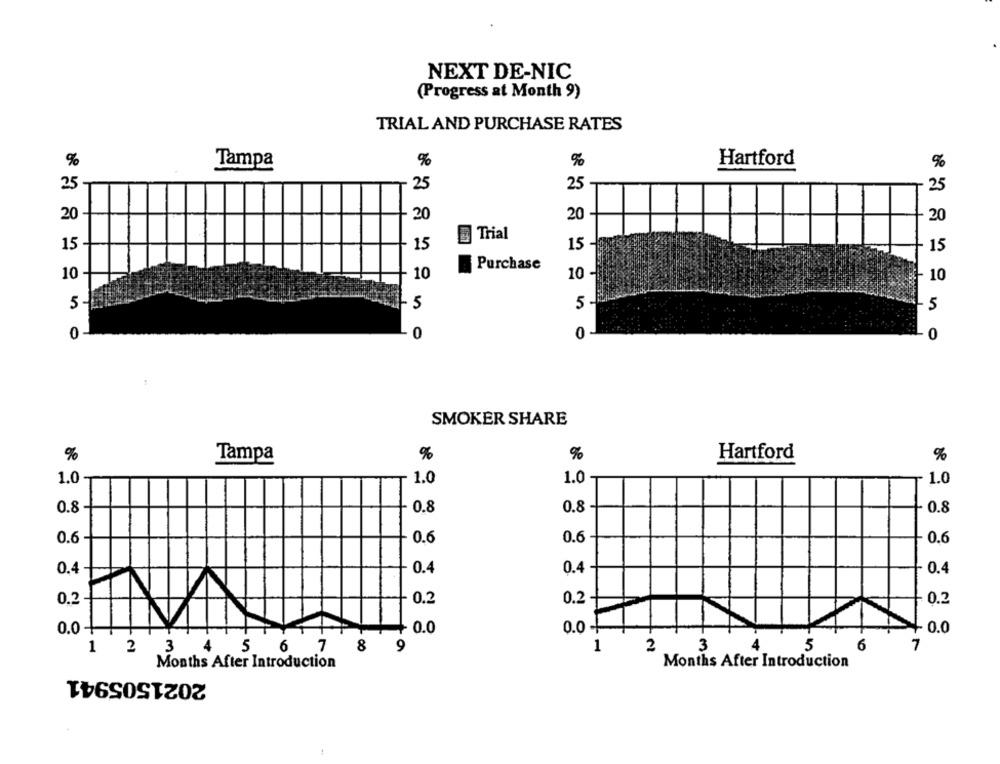
NEXT DE-NIC
(Progress at Month 9)
TRIAL AND PURCHASE RATES
%
Tampa
%
%
Hartford
%
25
25
25
25
20
20-
20
20
Trial
15
15
15
1
15
Purchase
10 -
10
10
10
-5
5 -
-5
0 -
0
0
- 0
SMOKER SHARE
%
Tampa
%
%
Hartford
%
1.0
1.0
1.0
1.0
0.8 -
0.8
0.8
0.8
0.6-
0.6
0.6
0.6
0.4
0.4
0.4
0.4
0.2
0.2
0.2
0.2
0.0 -
0.0 -
0.0
+ 0.0
1 2
3
4
5
8
9
1
2
3
5
6
7
6
Months After Introduction
Months After Introduction
2021505941
1